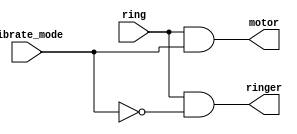
module top_module (
    input ring,
    input vibrate_mode,
    output ringer,       // Make sound
    output motor         // Vibrate
);

	assign ringer=ring & ~vibrate_mode;
	

	assign motor=ring & vibrate_mode;

endmodule
//ringer=(vibrate_mode)?1'b0:ring;
//motor=(vibrate_mode)?ring:1'b0;